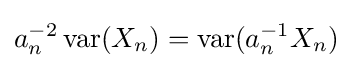
a_{n}^{-2}\operatorname {var} (X_{n})=\operatorname {var} (a_{n}^{-1}X_{n})